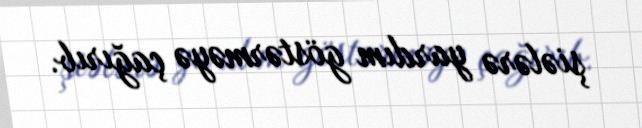
şiələrə yardım göstərməyə çağırıb.